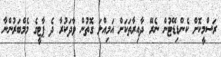
ރަސްމީކޮށް ކެންޑިޑޭޓުން ނެރޭ ދާއިރާތަކަށް އަމިއްލަ ގޮތުން ވާދަކުރާ ދެ ޕާޓީގެ މެމްބަރުންނާ